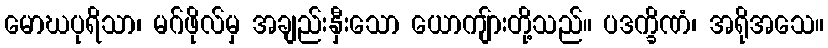
မောဃပုရိသာ၊ မဂ်ဖိုလ်မှ အချည်းနှီးသော ယောကျ်ားတို့သည်။ ပဒက္ခိဏံ၊ အရိုအသေ။